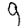
Digit: 9